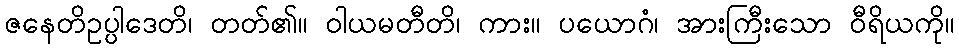
ဇနေတိဥပ္ပါဒေတိ၊ တတ်၏။ ဝါယမတီတိ၊ ကား။ ပယောဂံ၊ အားကြီးသော ဝီရိယကို။